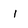
Character: i